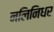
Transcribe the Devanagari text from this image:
नलिनिधर